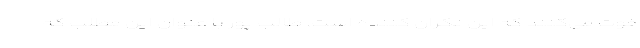
فوت می‌کنند که این نگران کننده است. طالب پور با عنوان این مطلب که